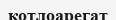
котлоарегат